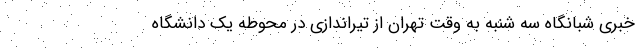
خبری شبانگاه سه شنبه به وقت تهران از تیراندازی در محوطه یک دانشگاه